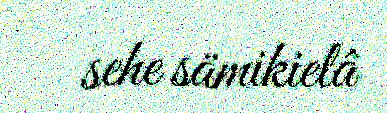
sehe sämikielâ